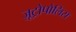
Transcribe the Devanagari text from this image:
ज़ूट्रोपोलिस